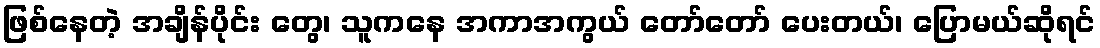
ဖြစ်နေတဲ့ အချိန်ပိုင်း တွေ၊ သူကနေ အကာအကွယ် တော်တော် ပေးတယ်၊ ပြောမယ်ဆိုရင်